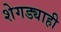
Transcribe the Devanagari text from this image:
शेगड्याही